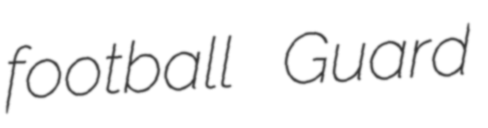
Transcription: football Guard